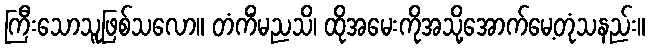
ကြီးသောသူဖြစ်သလော။ တံကိံမညသိ၊ ထိုအမေးကိုအသို့အောက်မေ့တုံသနည်း။